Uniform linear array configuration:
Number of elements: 8
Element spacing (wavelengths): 0.75
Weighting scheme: exponential
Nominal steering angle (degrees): -45
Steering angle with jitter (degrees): -46.095
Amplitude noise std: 0.05
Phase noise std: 0.05

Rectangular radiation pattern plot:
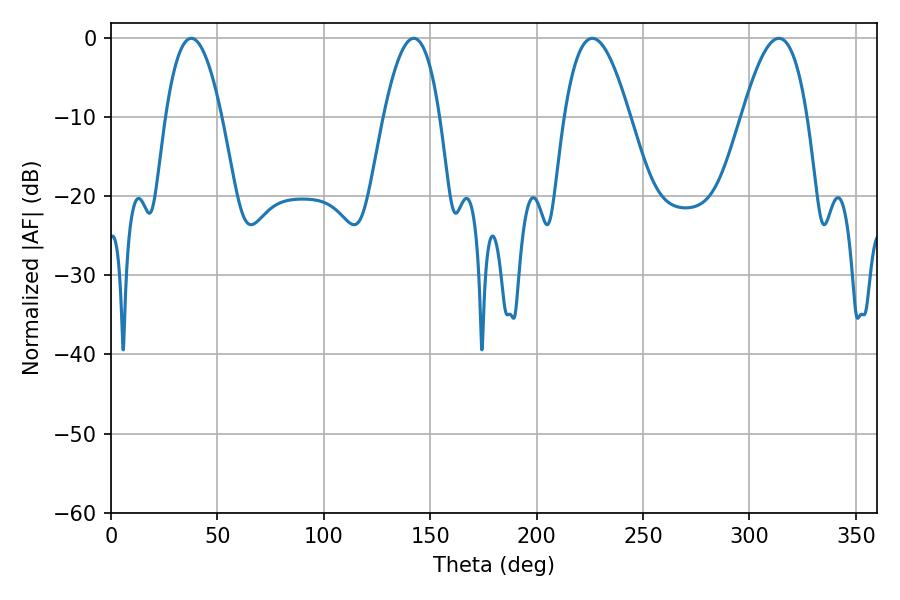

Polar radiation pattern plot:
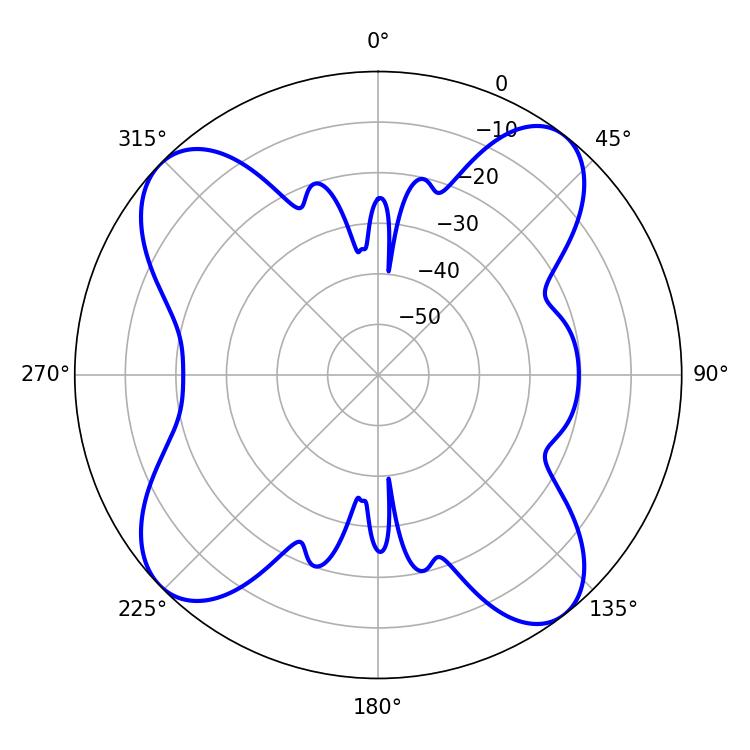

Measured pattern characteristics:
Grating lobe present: TRUE
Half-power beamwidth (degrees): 14.58
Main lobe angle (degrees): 37.8